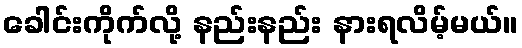
ခေါင်းကိုက်လို့ နည်းနည်း နားရလိမ့်မယ်။